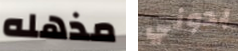
مذهله بدوني